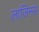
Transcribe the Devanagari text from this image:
लाजिनस